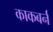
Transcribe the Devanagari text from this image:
काकबर्न